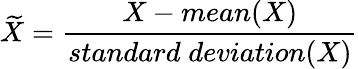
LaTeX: \widetilde{X}=\frac{X-mean(X)}{standard\; deviation(X)}